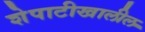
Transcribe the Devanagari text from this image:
शेपाटीखालील